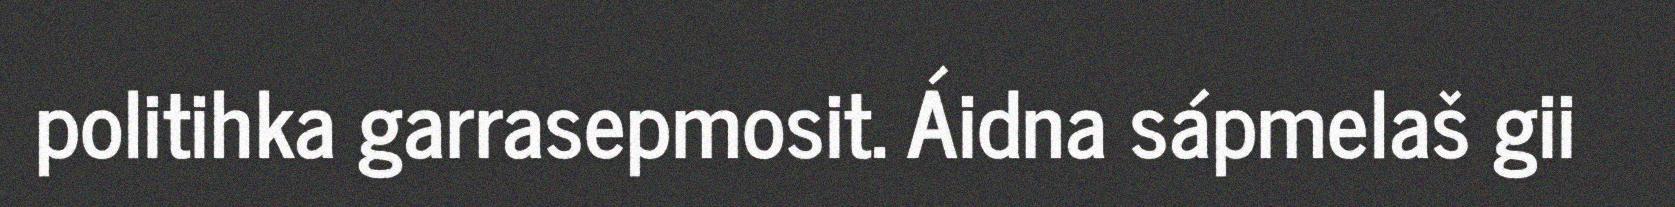
politihka garrasepmosit. Áidna sápmelaš gii